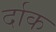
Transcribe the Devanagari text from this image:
र्दाक